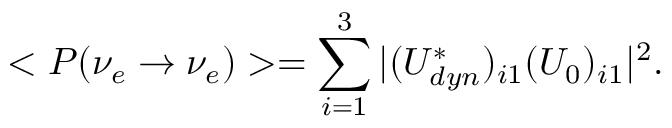
< P ( \nu _ { e } \rightarrow \nu _ { e } ) > = \sum _ { i = 1 } ^ { 3 } | ( U _ { d y n } ^ { * } ) _ { i 1 } ( U _ { 0 } ) _ { i 1 } | ^ { 2 } .